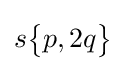
s{\begin{Bmatrix}p,2q\end{Bmatrix}}